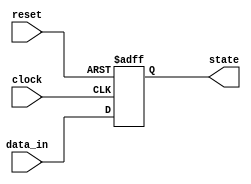
module async_reset_block (
    input wire reset,     // Asynchronous reset signal
    input wire clock,     // Clock signal
    input wire [7:0] data_in, // Example input data
    output reg [7:0] state // State/output of the circuit
);

// Define the reset value
parameter RESET_VALUE = 8'h00; // Example reset value

// Always block for asynchronous reset and clocked behavior
always @(posedge clock or posedge reset) begin
    if (reset) begin
        // Asynchronous reset action
        state <= RESET_VALUE; // Set state to reset value
    end else begin
        // Normal operation (update state based on input data)
        state <= data_in; // Example of state update logic
    end
end

endmodule